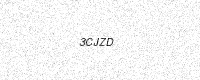
Text: 3CJZD